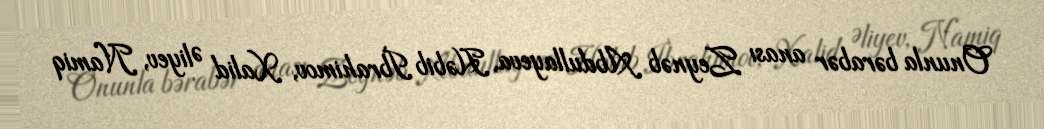
Onunla bərabər anası Zeynəb Abdullayeva, Həbib İbrahimov, Xalid Əliyev, Namiq